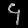
Digit: ၄